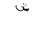
Letter: _shin